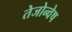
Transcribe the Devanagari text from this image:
तेजोन्वेष